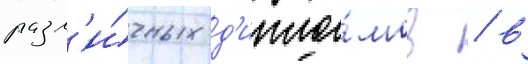
разл'и́чных д'ипло́мов / в